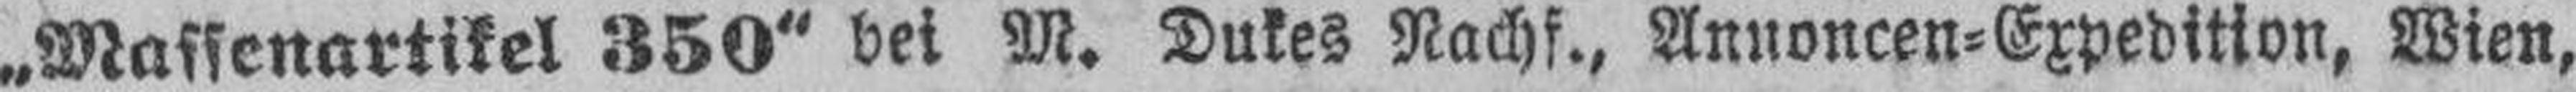
„Massenartikel 350“ bei M. Dukes Nachf., Annoncen-Expedition, Wien,